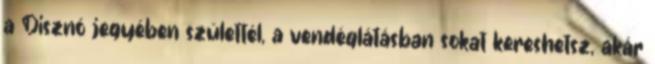
a Disznó jegyében születtél, a vendéglátásban sokat kereshetsz, akár